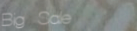
Big Sale